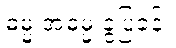
ဓမ္မ အဓမ္မ ခွဲပြခန်း